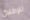
للإطلاق